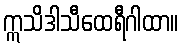
ဣသိဒါသီထေရီဂါထာ။